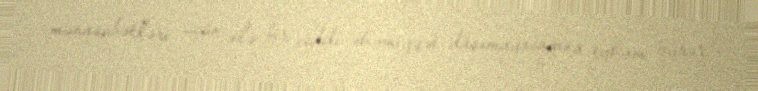
münasubətləri üçün elə bir ciddi əhəmiyyət daşımayacağına eyham vurur.